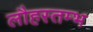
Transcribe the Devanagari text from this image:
लौहस्तम्भ